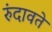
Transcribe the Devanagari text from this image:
रुंदावते